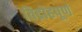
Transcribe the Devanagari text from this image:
विद्रोहपूर्ण